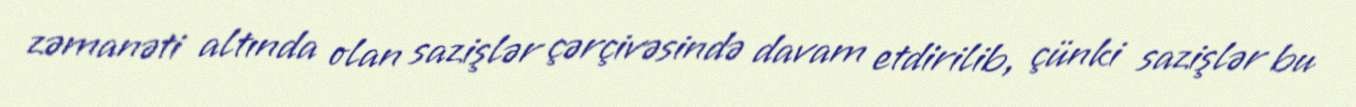
zəmanəti altında olan sazişlər çərçivəsində davam etdirilib, çünki sazişlər bu